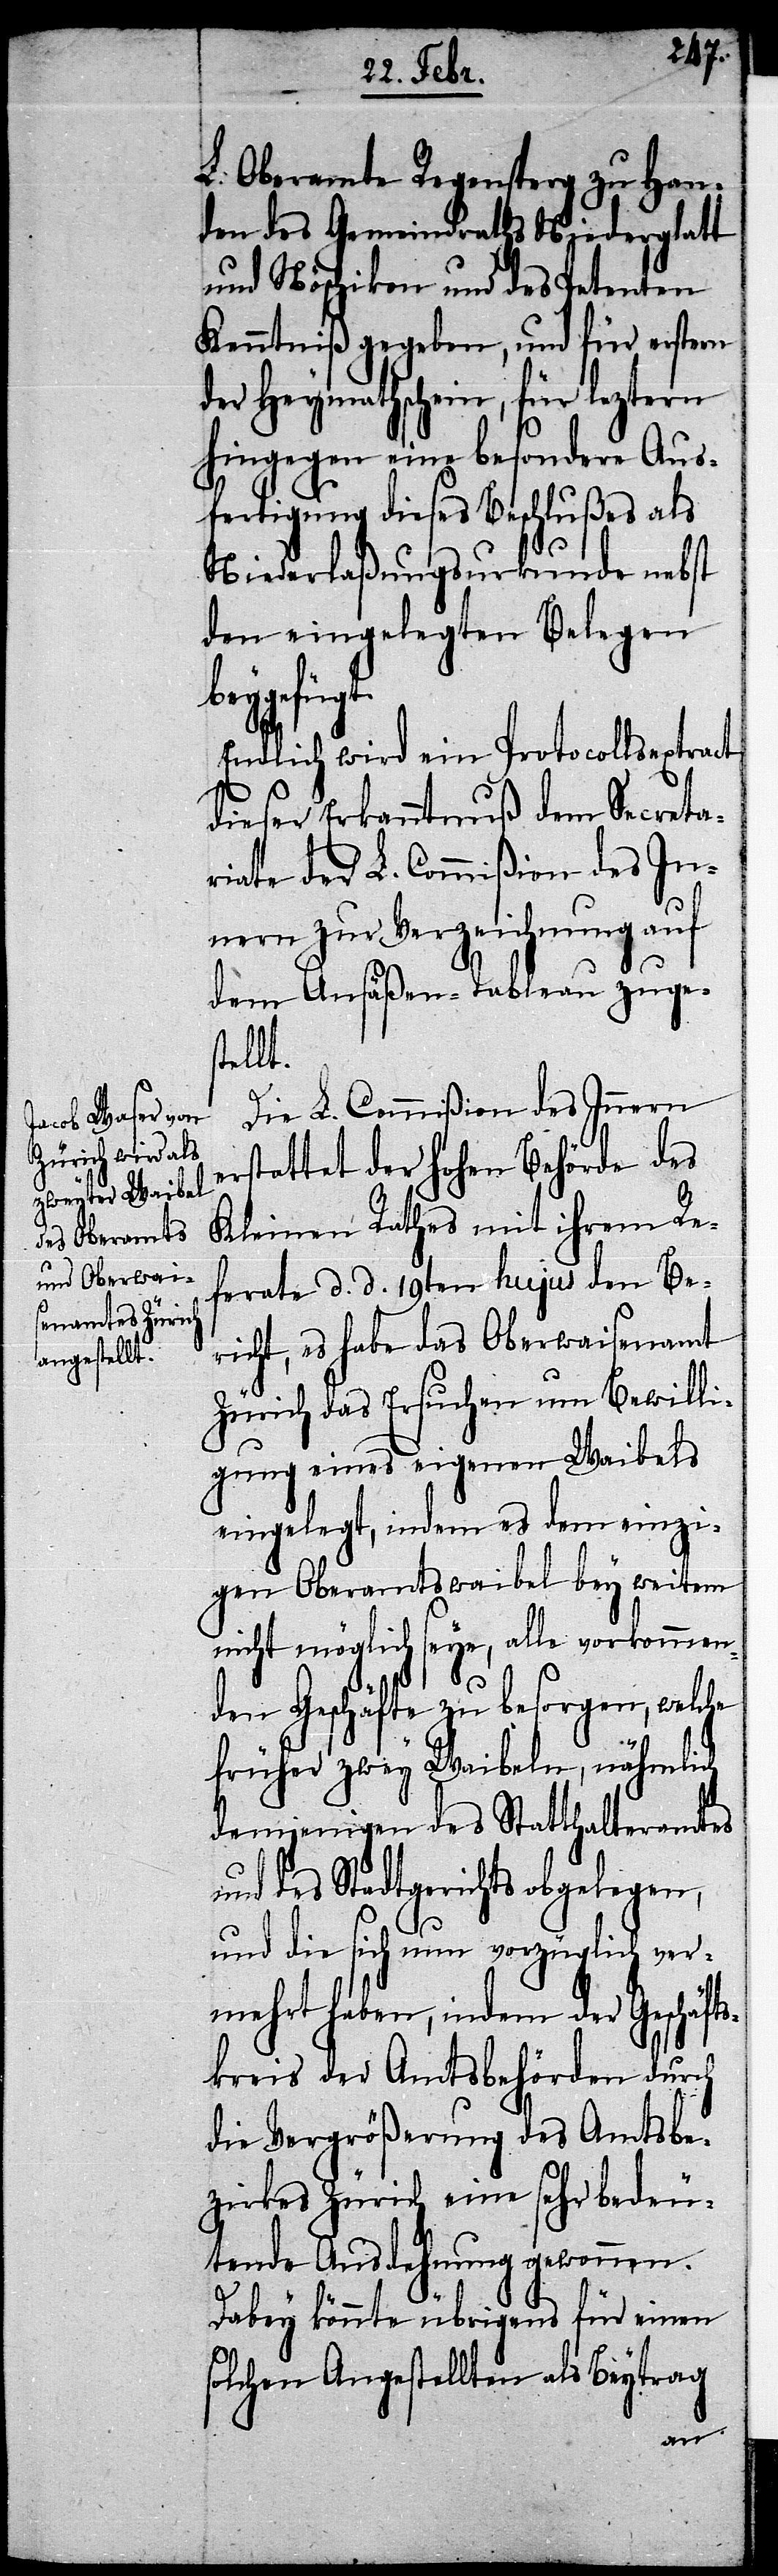
L. Oberamte Regensperg zu Han¬
den des Gemeindraths Niederglatt
und Nöschikon und des Petenten
Kenntniß gegeben, und für erstern
der Heymathschein, für leztern
hingegen eine besondere Aus¬
fertigung dieses Beschlußes als
Niederlaßungsurkunde nebst
den eingelegten Belegen
beygefügt.
Endlich wird ein Protocollsextract
dieser Erkanntnuß dem Secreta¬
riate der L. Commißion des In¬
nern zur Verzeichnung auf
dem Ansäßen-Tableau zuges¬
tellt.
Die L. Commißion des Innern
erstattet der hohen Behörde des
Kleinen Rathes mit ihrem Re¬
ferate d. d. 19ten hujus den Be¬
richt, es habe das Oberwaisenamt
Zürich das Ersuchen um Bewilli¬
gung eines eigenen Waibels
eingelegt, indem es dem einzi¬
gen Oberamtswaibel bey weitem
nicht möglich seye, alle vorkommen¬
den Geschäfte zu besorgen, welche
früher zwey Waibeln, nähmlich
demjenigen des Statthalteramtes
und des Stadtgerichts obgelegen,
und die sich nun vorzüglich ver¬
mehrt haben, indem der Geschäft¬
skreis der Amtsbehörden durch
die Vergrößerung des Amtsbe¬
zirkes Zürich eine sehr bedeu¬
tende Ausdehnung gewonnen.
Dabey könnte übrigens für einen
solchen Angestellten als Beytrag